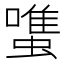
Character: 𧐌